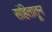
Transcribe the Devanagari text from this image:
संहितातून